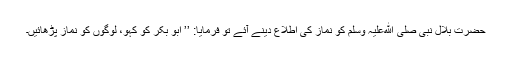
حضرت بلال نبی صلی ﷲعلیہ وسلم کو نماز کی اطلاع دینے آئے تو فرمایا: ’’ ابو بکر کو کہو، لوگوں کو نماز پڑھائیں۔